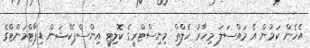
އެހެން ކަމުން އެ މައްސަލަ މިހާރު ހެލްތް މިނިސްޓްރީގެ ކޮލިޓީ އިންސްޕެކްޝަން ޑިޕާޓްމަންޓްގެ